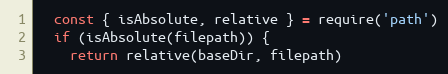
Language: JavaScript
  const { isAbsolute, relative } = require('path')
  if (isAbsolute(filepath)) {
    return relative(baseDir, filepath)